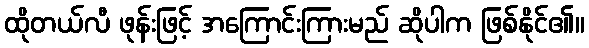
ထိုတယ်လီ ဖုန်းဖြင့် အကြောင်းကြားမည် ဆိုပါက ဖြစ်နိုင်၏။